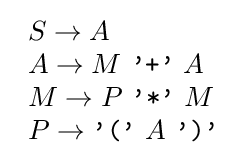
{\begin{array}{l}S\rightarrow A\\A\rightarrow M\ {\texttt {'+'}}\ A\\M\rightarrow P\ {\texttt {'*'}}\ M\\P\rightarrow {\texttt {'('}}\ A\ {\texttt {')'}}\end{array}}